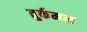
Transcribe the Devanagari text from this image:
तुर्कमन